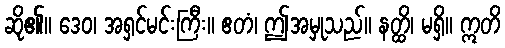
ဆို၏။ ဒေဝ၊ အရှင်မင်းကြီး။ ဧတံ၊ ဤအမှုသည်။ နတ္ထိ၊ မရှိ။ ဣတိ